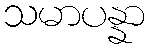
သမာပန္နာ